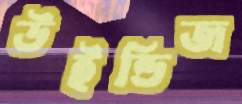
উইন্ডিজ